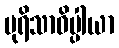
ပုရိသာဓိပ္ပါယာ